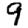
Digit: 9